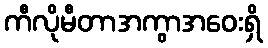
ကီလိုမီတာအကွာအဝေးရှိ